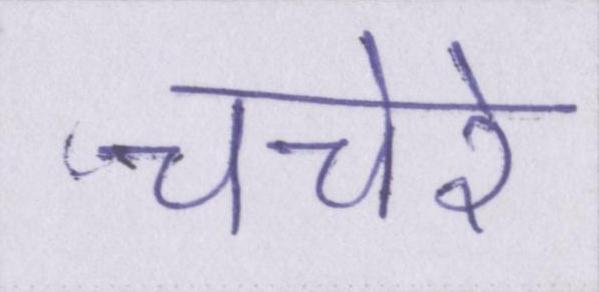
चचेरे